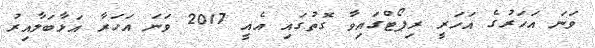
ވަނަ އަހަރުގެ އަހަރީ ރިޕޯޓްގައިވާ ގޮތުގައި އެއީ 2017 ވަނަ އަހަރާ އަޅާބަލާއިރު